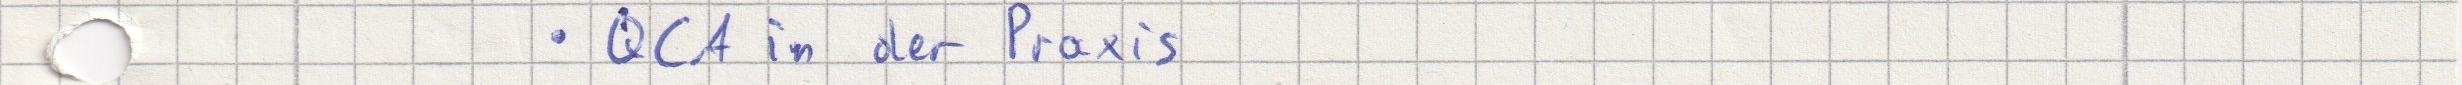
- QCA in der Praxis